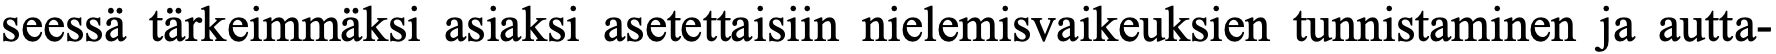
seessä tärkeimmäksi asiaksi asetettaisiin nielemisvaikeuksien tunnistaminen ja autta-